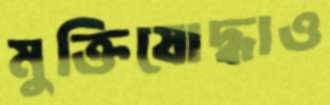
মুক্তিযোদ্ধাও